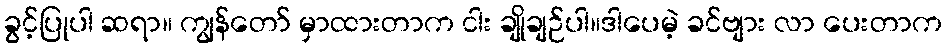
ခွင့်ပြုပါ ဆရာ။ ကျွန်တော် မှာထားတာက ငါး ချိုချဉ်ပါ။ဒါပေမဲ့ ခင်ဗျား လာ ပေးတာက